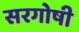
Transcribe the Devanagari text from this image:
सरगोषी